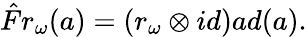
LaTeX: \hat{F}r_{\omega}(a)=(r_{\omega}\otimes id)ad(a).